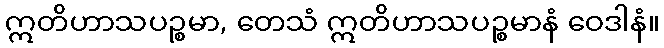
ဣတိဟာသပဉ္စမာ, တေသံ ဣတိဟာသပဉ္စမာနံ ဝေဒါနံ။